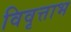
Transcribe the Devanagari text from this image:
विवृत्ताभ